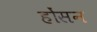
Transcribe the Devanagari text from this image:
होंसन